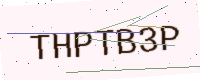
Text: THPTB3P